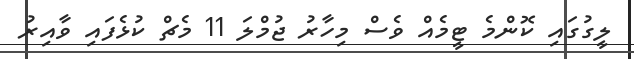
ލީގުގައި ކޮންމެ ޓީމެއް ވެސް މިހާރު ޖުމްލަ 11 މެޗް ކުޅެފައި ވާއިރު